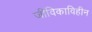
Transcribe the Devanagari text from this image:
जीविकाविहीन